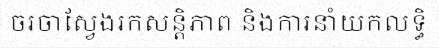
ចរចាស្វែងរកសន្តិភាព និងការនាំយកលទ្ធិ